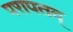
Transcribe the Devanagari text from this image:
परापतद्